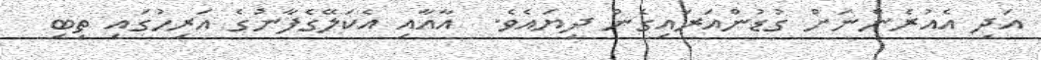
އަދި އެއުރެންނަށް ގުޑުންއަރައިގެން ދިޔައެވެ.  އާއާއި އެކަލޭގެފާނުގެ އަރިހުގައި ތިބި